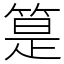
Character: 䈕